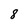
Character: 8